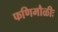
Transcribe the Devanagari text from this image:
फणिमौळीः